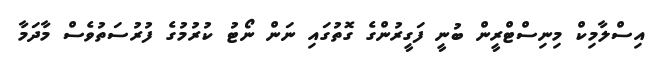
އިސްލާމިކް މިނިސްޓްރީން ބުނީ ފަގީރުންގެ ގޮތުގައި ނަން ނޯޓު ކުރުމުގެ ފުރުސަތުވެސް މާދަމާ